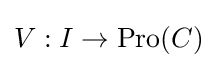
V:I\to \operatorname {Pro} (C)